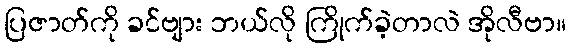
ပြဇာတ်ကို ခင်ဗျား ဘယ်လို ကြိုက်ခဲ့တာလဲ အိုလီဗာ။